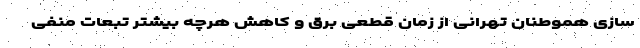
سازی هموطنان تهرانی از زمان قطعی برق و کاهش هرچه بیشتر تبعات منفی